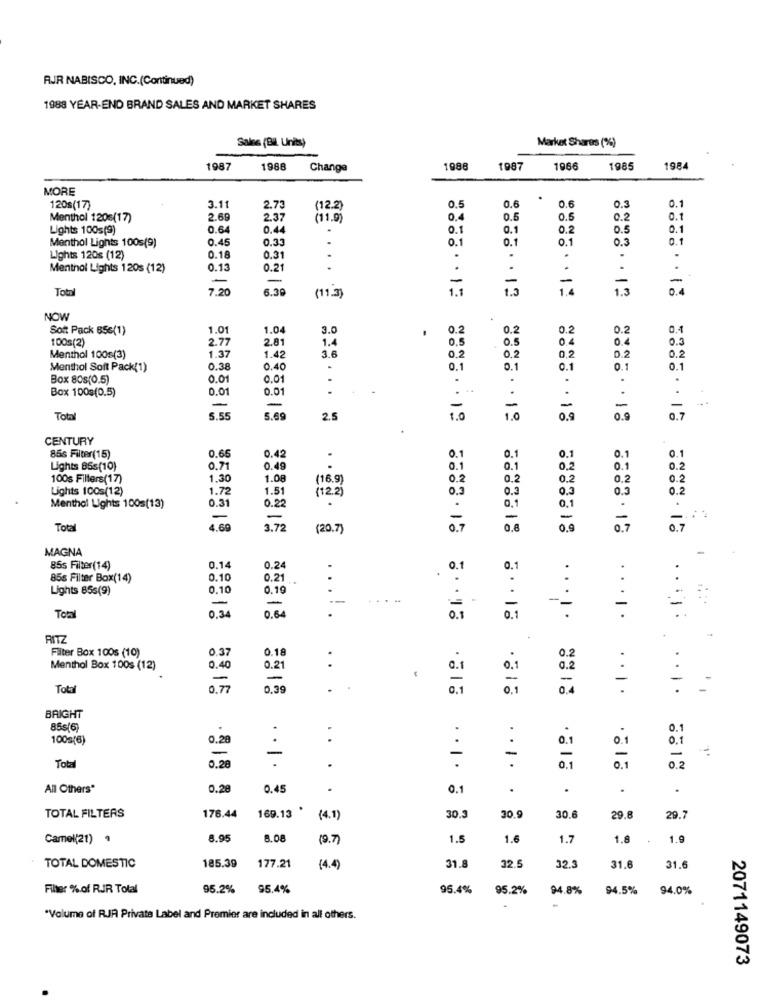
AJR NABISCO, INC.(Continued)
1988 YEAR-END BRAND SALES AND MARKET SHARES
Salve (Bil. Units)
Market Shares (%)
1987
1988
Change
1988
1987
1966
198
1984
MORE
.
0.1
120s(17)
3.11
2.73
(12.2)
0.5
0.6
0.6
0.3
Menthol 120s(17)
2.69
2.37
(11.9)
0.4
0.5
0.5
0.2
0.1
Lights 100s(9)
0.6
0,4
0.1
0.1
0.2
0.5
0.1
Menthol Lights 100s(9)
0.45
0.35
0.1
0.1
0.1
0.3
0.1
Lights 120s (12)
0.18
0.3
..
.
.
.
Menthol Lights 120s (12)
0.1:
0.21
.
-
-
Total
7.20
6.39
=
1.5
1.4
1.5
(11.3)
NOW
Soft Pack 856(1)
1.01
1.04
3.0
0.2
0.2
0.2
0.2
100s(2)
2.77
2.81
1.
0.5
0.5
0.4
0.4
0.3
3.6
Menthal 100s(3)
1.37
1.42
0.2
0.2
0,2
0.2
0.2
Menthol Soft Pack(1)
0.38
0.40
0.1
0.1
0.1
0.1
0.1
Box 80s(0.5)
0.01
0.0
.
.
.
.
Box 100s(0.5)
0.01
0.01
.
-
-
Total
5.55
5.69
2.5
.. 12
1.0
0.9
0.9
0.7
CENTURY
0.65
0.1
0.1
85s Filter(15)
0.42
0.1
0.1
0.1
Lights 85s(10)
0.71
0.49
0.1
0.1
0.2
0.
0.2
100s Filters(17)
1.30
1.08
(16.9
0.2
0,2
0.2
0.2
Lights 100s(12)
1.72
1.51
(12.2)
0.3
0.3
0.3
0.3
0.2
0.31
0.22
.
0.1
Menthol Lights 100s(13)
0.1
-
-
-
-
Total
1.60
3.72
(20.7)
0.6
0.9
0 .7
MAGNA
85s Filter(14)
0.14
0.24
0.1
0.1
85s Filter Box(14)
0.10
0.21
.
..
Lights 85s(9)
0.10
0.19
-
--
0.34
-
0.64
--
-
-
Toal
0.1
RITZ
0.37
0.18
0.2
Filter Box 100s (10)
0.21
Menthol Box 100s (12)
0.40
0.2
-
Total
0.77
0,39
0.1
0.1
0.4
-
.. I.
BRIGHT
858(6)
.
0.1
100s(6)
0.28
..
.
.
0.1
0.1
-
-
-
.
-
0.1
Total
0,28
.
0.2
All Others"
0.28
0.45
0.1
.
.
.
.
TOTAL FILTERS
176.44
169.13
(4.1)
30.3
30.9
30.6
29.8
29.7
Camel(21) 9
8.95
8.08
(9.7)
1.5
1.6
1.7
1.8
1.9
TOTAL DOMESTIC
185.39
177.21
(4.4)
31.8
32.5
32.3
31.6
31.6
Filter % of RIR Total
95.2%
95.4%
95.4%
95.2%
94.8%
94.5%
94.0%
"Volume of RJR Private Label and Premier are included in all others.
2071149073